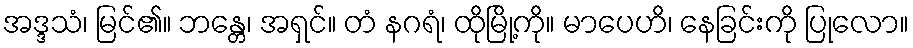
အဒ္ဒသံ၊ မြင်၏။ ဘန္တေ၊ အရှင်။ တံ နဂရံ၊ ထိုမြို့ကို။ မာပေဟိ၊ နေခြင်းကို ပြုလော။